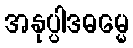
အနုပ္ပါဒဓမ္မေ